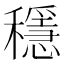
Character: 穩